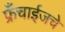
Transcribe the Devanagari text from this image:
फ्रँचाईजचे